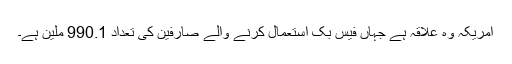
امریکہ وہ علاقہ ہے جہاں فیس بک استعمال کرنے والے صارفین کی تعداد 990.1 ملین ہے۔